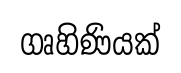
ගෘහිණියක්